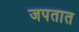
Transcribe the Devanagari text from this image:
जपतात